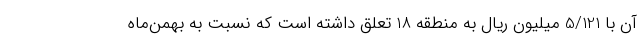
آن با 5/121 میلیون ریال به منطقه 18 تعلق داشته است که نسبت به بهمن‌ماه